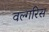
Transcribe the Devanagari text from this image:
वल्गरिस